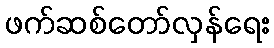
ဖက်ဆစ်တော်လှန်ရေး